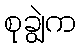
စုချွဲက